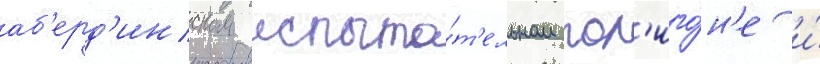
аб'ерд'инском испыта́т'ельном пол'иго́н'е и́